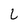
Character: L